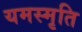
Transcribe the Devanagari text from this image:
यमस्मृति